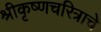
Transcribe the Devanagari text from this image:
श्रीकृष्णचरित्राचे